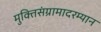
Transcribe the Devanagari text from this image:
मुक्तिसंग्रामादरम्यान